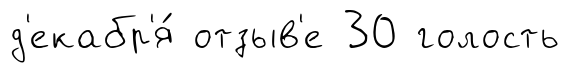
д'екабр'я́ отзыв'е 30 голость